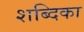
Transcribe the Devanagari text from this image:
शब्दिका